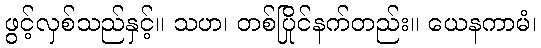
ဖွင့်လှစ်သည်နှင့်။ သဟ၊ တစ်ပြိုင်နက်တည်း။ ယေနကာမံ၊